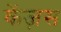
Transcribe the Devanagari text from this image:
केंज़स